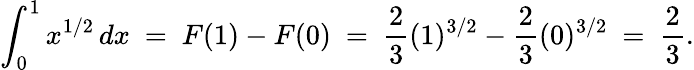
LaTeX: \int_{0}^{1}x^{1/2}\, dx\ =\ F(1)-F(0)\ =\ {\frac{2}{3}}(1)^{3/2}-{\frac{2}{3}}(0)^{3/2}\ =\ {\frac{2}{3}}.